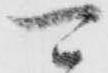
可